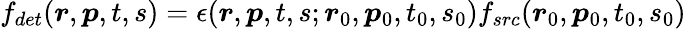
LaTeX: \begin{array}{r}{f_{det}(\boldsymbol{r},\boldsymbol{p},t,s)=\epsilon(\boldsymbol{r},\boldsymbol{p},t,s;\boldsymbol{r}_{0},\boldsymbol{p}_{0},t_{0},s_{0})f_{src}(\boldsymbol{r}_{0},\boldsymbol{p}_{0},t_{0},s_{0})}\end{array}